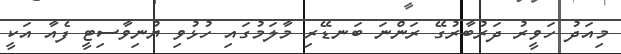
މިއަދު ހަވީރު ދަރުބާރުގޭ ރަންނަ ބަނޑޭރި މާލަމުގައި ހުޅުވި ޔުނިވާސިޓީ ފެއާ އަކީ